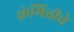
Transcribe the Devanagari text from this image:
कंमितीचे